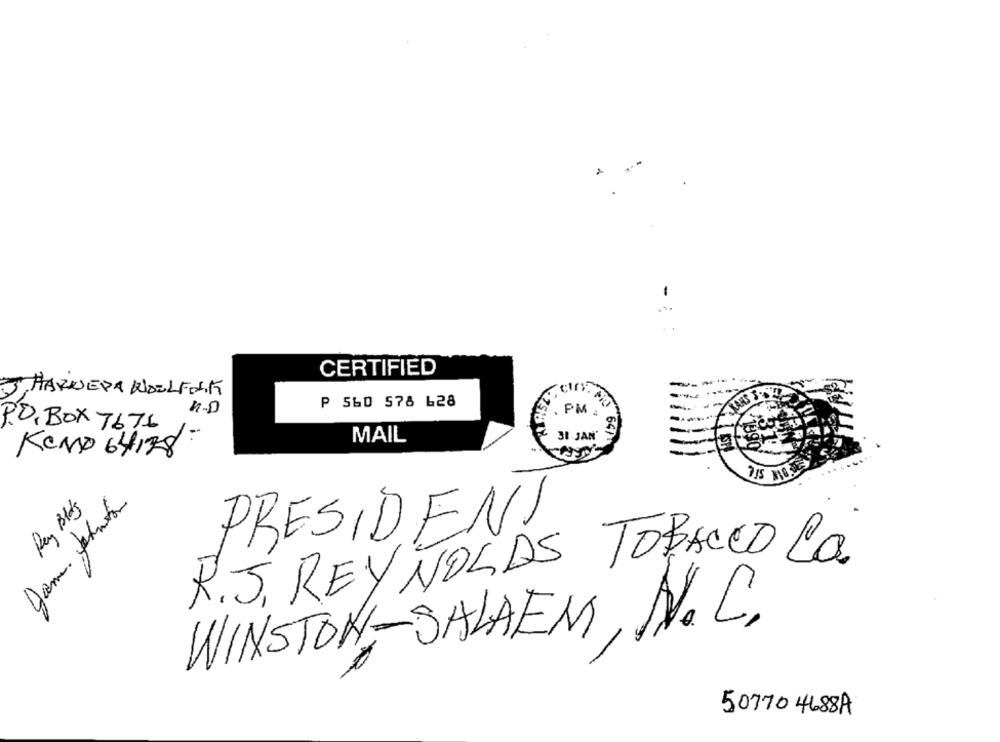
2
CERTIFIED
5. HARNEDA WOOLFOLK
5
P 560 578 628
PM
PO, BOX 7676
31 JAN'
364/
MAIL
KOND 64138:
Rey Bld's
PRESIDENT
R.J. REYNOLDS TOBALED La
WINSTON-SALAEM, N.C.
50770 4688A